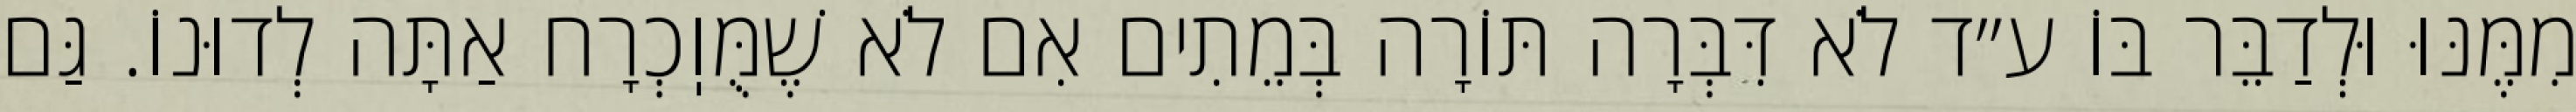
מִמֶּנּוּ וּלְדַבֵּר בּוֹ ע״ד לֹא דִּבְּרָה תּוֹרָה בְּמֵתִים אִם לֹא שֶׁמֻּוֽכְרָח אַתָּה לְדוּנוֹ. גַּם